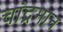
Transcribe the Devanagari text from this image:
चांद्रमान